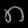
Digit: ၈